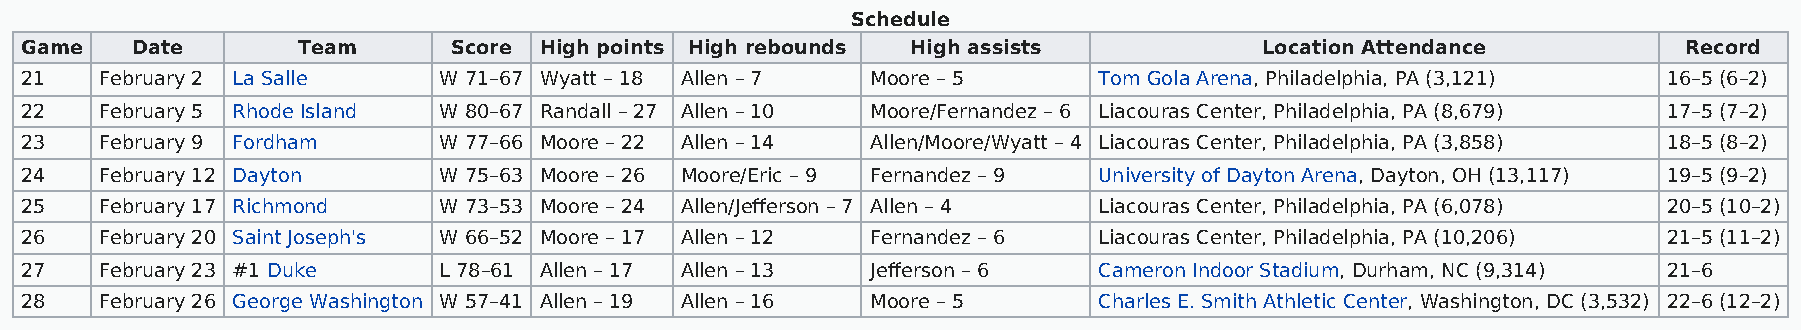
Schedule
 Game    Date       Team      Score High points High rebounds High assists          Location Attendance         Record
 21    February 2 La Salle   W 71–67 Wyatt – 18 Allen – 7 Moore – 5      Tom Gola Arena, Philadelphia, PA (3,121) 16–5 (6–2)
 22    February 5 Rhode Island W 80–67 Randall – 27 Allen – 10 Moore/Fernandez – 6 Liacouras Center, Philadelphia, PA (8,679) 17–5 (7–2)
 23    February 9 Fordham    W 77–66 Moore – 22 Allen – 14 Allen/Moore/Wyatt – 4 Liacouras Center, Philadelphia, PA (3,858) 18–5 (8–2)
 24    February 12 Dayton    W 75–63 Moore – 26 Moore/Eric – 9 Fernandez – 9 University of Dayton Arena, Dayton, OH (13,117) 19–5 (9–2)
 25    February 17 Richmond  W 73–53 Moore – 24 Allen/Jefferson – 7 Allen – 4 Liacouras Center, Philadelphia, PA (6,078) 20–5 (10–2)
 26    February 20 Saint Joseph's W 66–52 Moore – 17 Allen – 12 Fernandez – 6 Liacouras Center, Philadelphia, PA (10,206) 21–5 (11–2)
 27    February 23 #1 Duke   L 78–61 Allen – 17 Allen – 13 Jefferson – 6 Cameron Indoor Stadium, Durham, NC (9,314) 21–6
 28    February 26 George Washington W 57–41 Allen – 19 Allen – 16 Moore – 5 Charles E. Smith Athletic Center, Washington, DC (3,532) 22–6 (12–2)